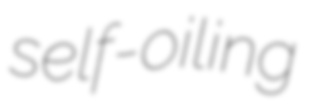
self-oiling